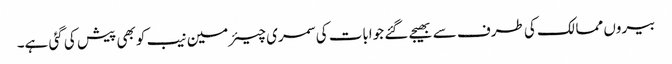
بیروں ممالک کی طرف سے بھیجے گئے جوابات کی سمری چیئرمین نیب کو بھی پیش کی گئی ہے۔